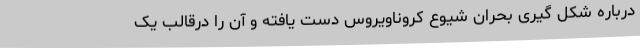
درباره شکل گیری بحران شیوع کروناویروس دست یافته و آن را درقالب یک